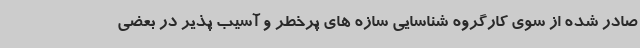
صادر شده از سوی کارگروه شناسایی سازه های پرخطر و آسیب پذیر در بعضی